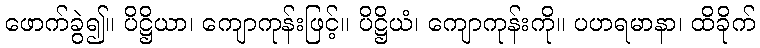
ဖောက်ခွဲ၍။ ပိဋ္ဌိယာ၊ ကျောကုန်းဖြင့်။ ပိဋ္ဌိယံ၊ ကျောကုန်းကို။ ပဟရမာနာ၊ ထိခိုက်